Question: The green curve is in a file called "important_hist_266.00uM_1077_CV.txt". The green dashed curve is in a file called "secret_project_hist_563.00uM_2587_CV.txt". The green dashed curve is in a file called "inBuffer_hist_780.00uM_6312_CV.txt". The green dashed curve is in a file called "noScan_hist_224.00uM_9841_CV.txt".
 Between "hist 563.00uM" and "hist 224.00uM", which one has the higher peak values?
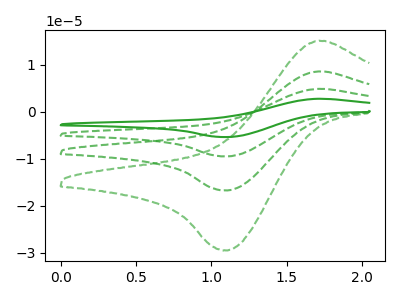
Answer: <think>The green curve "hist 266.00uM" has an anodic peak at (1.70V, 25.60uA) and a cathodic peak at (1.10V, -50.10uA). The green dashed curve "hist 563.00uM" has an anodic peak at (1.70V, 15.05uA) and a cathodic peak at (1.10V, -29.40uA). The green dashed curve "hist 780.00uM" has an anodic peak at (1.70V, 17.05uA) and a cathodic peak at (1.10V, -33.40uA). The green dashed curve "hist 224.00uM" has an anodic peak at (1.70V, 8.55uA) and a cathodic peak at (1.10V, -16.70uA).</think>
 <answer>Every peak in "hist 563.00uM" is higher than every peak in "hist 224.00uM".</answer>
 <eval>higher</eval>